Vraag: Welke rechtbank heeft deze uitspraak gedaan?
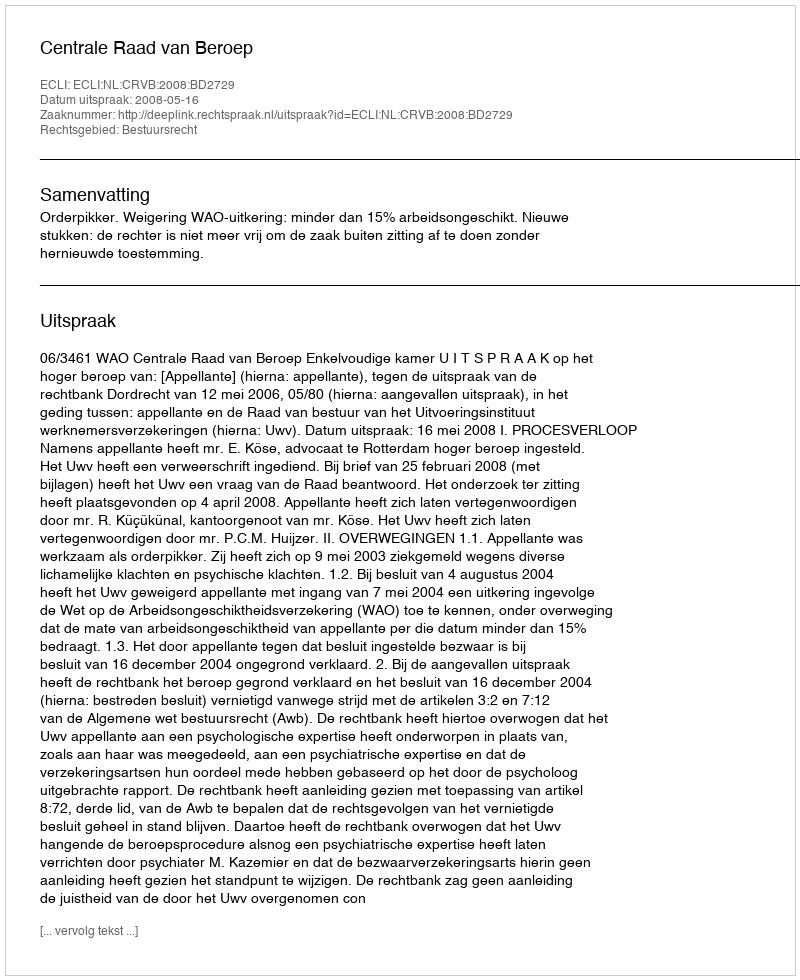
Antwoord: Centrale Raad van Beroep